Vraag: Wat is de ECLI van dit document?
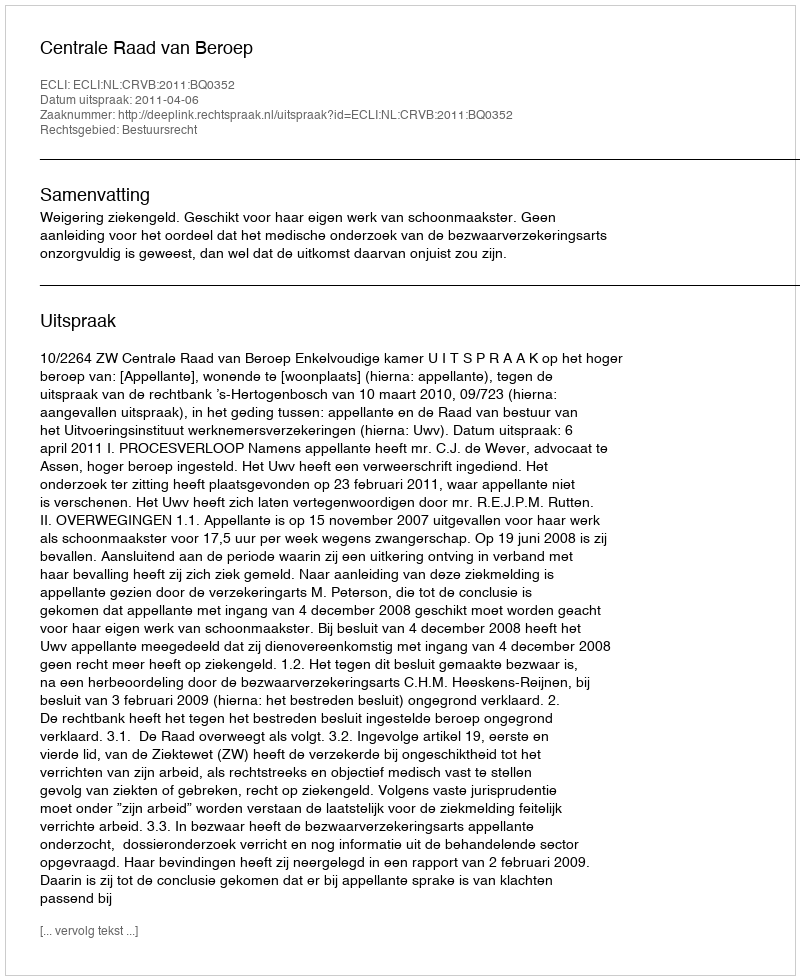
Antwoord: ECLI:NL:CRVB:2011:BQ0352